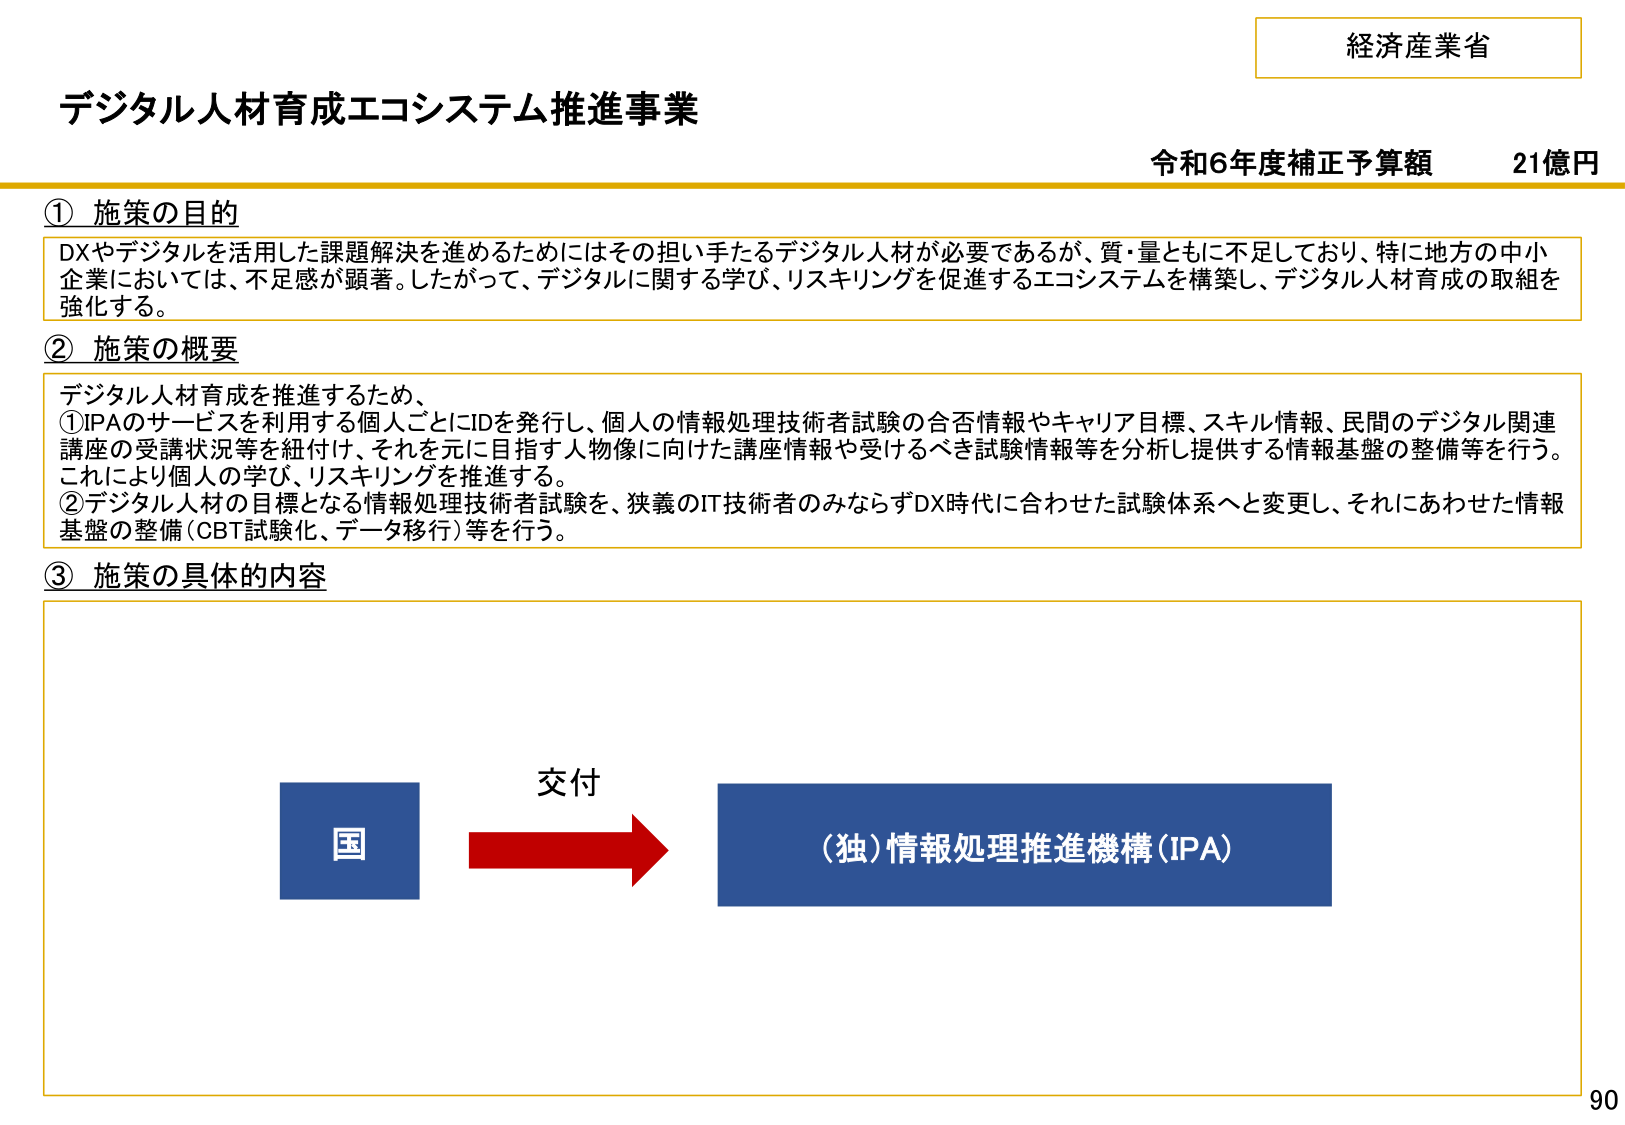
経済産業省
デジタル人材育成エコシステム推進事業
令和6年度補正予算額　21億円

① 施策の目的
DXやデジタルを活用した課題解決を進めるためにはその担い手たるデジタル人材が必要であるが、質・量ともに不足しており、特に地方の中小企業においては、不足感が顕著。したがって、デジタルに関する学び、リスキリングを促進するエコシステムを構築し、デジタル人材育成の取組を強化する。

② 施策の概要
デジタル人材育成を推進するため、
①IPAのサービスを利用する個人ごとにIDを発行し、個人の情報処理技術者試験の合否情報やキャリア目標、スキル情報、民間のデジタル関連講座の受講状況等を紐付け、それを元に目指す人物像に向けた講座情報や受けるべき試験情報等を分析し提供する情報基盤の整備等を行う。これにより個人の学び、リスキリングを推進する。
②デジタル人材の目標となる情報処理技術者試験を、狭義のIT技術者のみならずDX時代に合わせた試験体系へと変更し、それにあわせた情報基盤の整備（CBT試験化、データ移行）等を行う。

③ 施策の具体的な内容
国　→　交付　→　（独）情報処理推進機構（IPA）

90